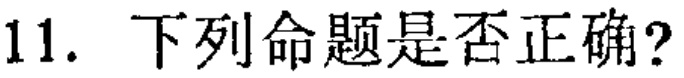
11. 下列命题是否正确?